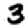
Digit: 3